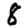
Digit: 8